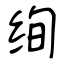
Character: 绚